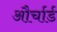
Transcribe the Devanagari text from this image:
और्चार्ड